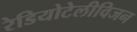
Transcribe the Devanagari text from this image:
रेडियोटेलीविजन